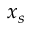
x _ { s }